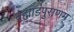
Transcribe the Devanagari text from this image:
ब्रह्मांडपुराणम्